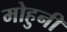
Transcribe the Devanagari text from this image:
मोहुनी